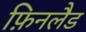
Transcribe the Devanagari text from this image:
फ़िनलैड